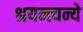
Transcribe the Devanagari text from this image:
श्रयन्त्यन्ये